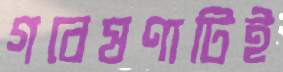
গবেষণাটিই